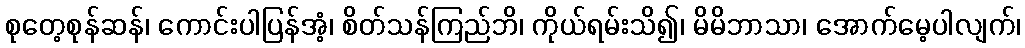
စုတေ့စုန်ဆန်၊ ကောင်းပါပြန်အံ့၊ စိတ်သန်ကြည်ဘိ၊ ကိုယ်ရမ်းသိ၍၊ မိမိဘာသာ၊ အောက်မေ့ပါလျက်၊